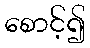
စောင့်၍